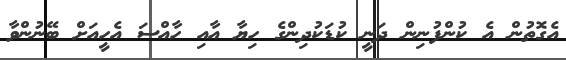
އެގޮތުން އެ ކުންފުނިން ދަނީ ކުޑަކުދިންގެ ހިޔާ އާއި ހާއްސަ އެހީއަށް ބޭނުންވާ